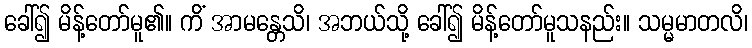
ခေါ်၍ မိန့်တော်မူ၏။ ကိံ အာမန္တေသိ၊ အဘယ်သို့ ခေါ်၍ မိန့်တော်မူသနည်း။ သမ္မမာတလိ၊